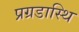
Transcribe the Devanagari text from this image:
प्रग्रडास्थि